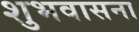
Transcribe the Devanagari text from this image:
शुभवासना